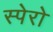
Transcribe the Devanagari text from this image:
स्पेरो